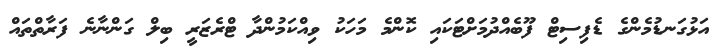
އަޅުގަނޑުމެންގެ ޑެފިސިޓް ފޫބެއްދުމަށްޓަކައި ކޮންމެ މަހަކު ވިއްކަމުންދާ ޓްރެޒަރީ ބިލް ގަންނާނެ ފަރާތްތައް